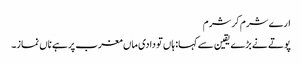
ارے شرم کر شرم
پوتے نے بڑے یقین سے کہا: ہاں تو دادی ماں مغرب پر ہے ناں نماز۔